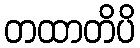
တထာတိပိ